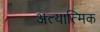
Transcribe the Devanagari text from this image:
अत्यात्मिक